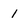
Character: 1